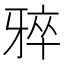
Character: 𪺨